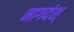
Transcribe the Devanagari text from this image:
नागदंश्